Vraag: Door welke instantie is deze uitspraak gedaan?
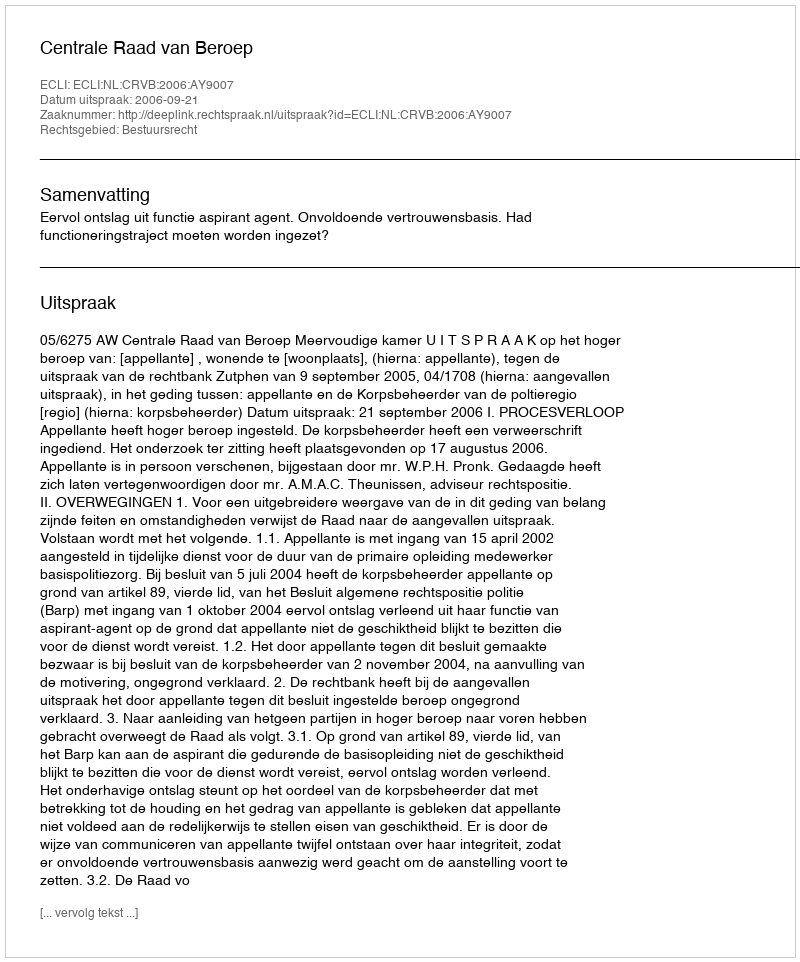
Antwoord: Centrale Raad van Beroep